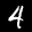
Label: 4